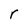
Character: r